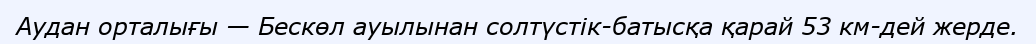
Аудан орталығы — Бескөл ауылынан солтүстік-батысқа қарай 53 км-дей жерде.